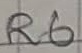
Text: R6